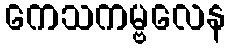
ကေသကမ္ဗလေန